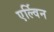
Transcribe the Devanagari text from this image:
एर्ल्विन